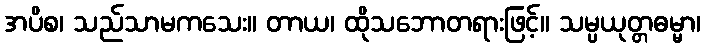
အပိစ၊ သည်သာမကသေး။ တာယ၊ ထိုသဘောတရားဖြင့်။ သမ္ပယုတ္တဓမ္မာ၊